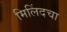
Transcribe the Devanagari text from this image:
मिलिंदचा